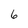
Character: 6